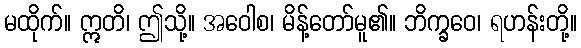
မထိုက်။ ဣတိ၊ ဤသို့။ အဝေါစ၊ မိန့်တော်မူ၏။ ဘိက္ခဝေ၊ ရဟန်းတို့။